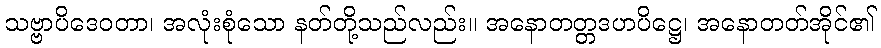
သဗ္ဗာပိဒေဝတာ၊ အလုံးစုံသော နတ်တို့သည်လည်း။ အနောတတ္တဒဟပိဋ္ဌေ၊ အနောတတ်အိုင်၏